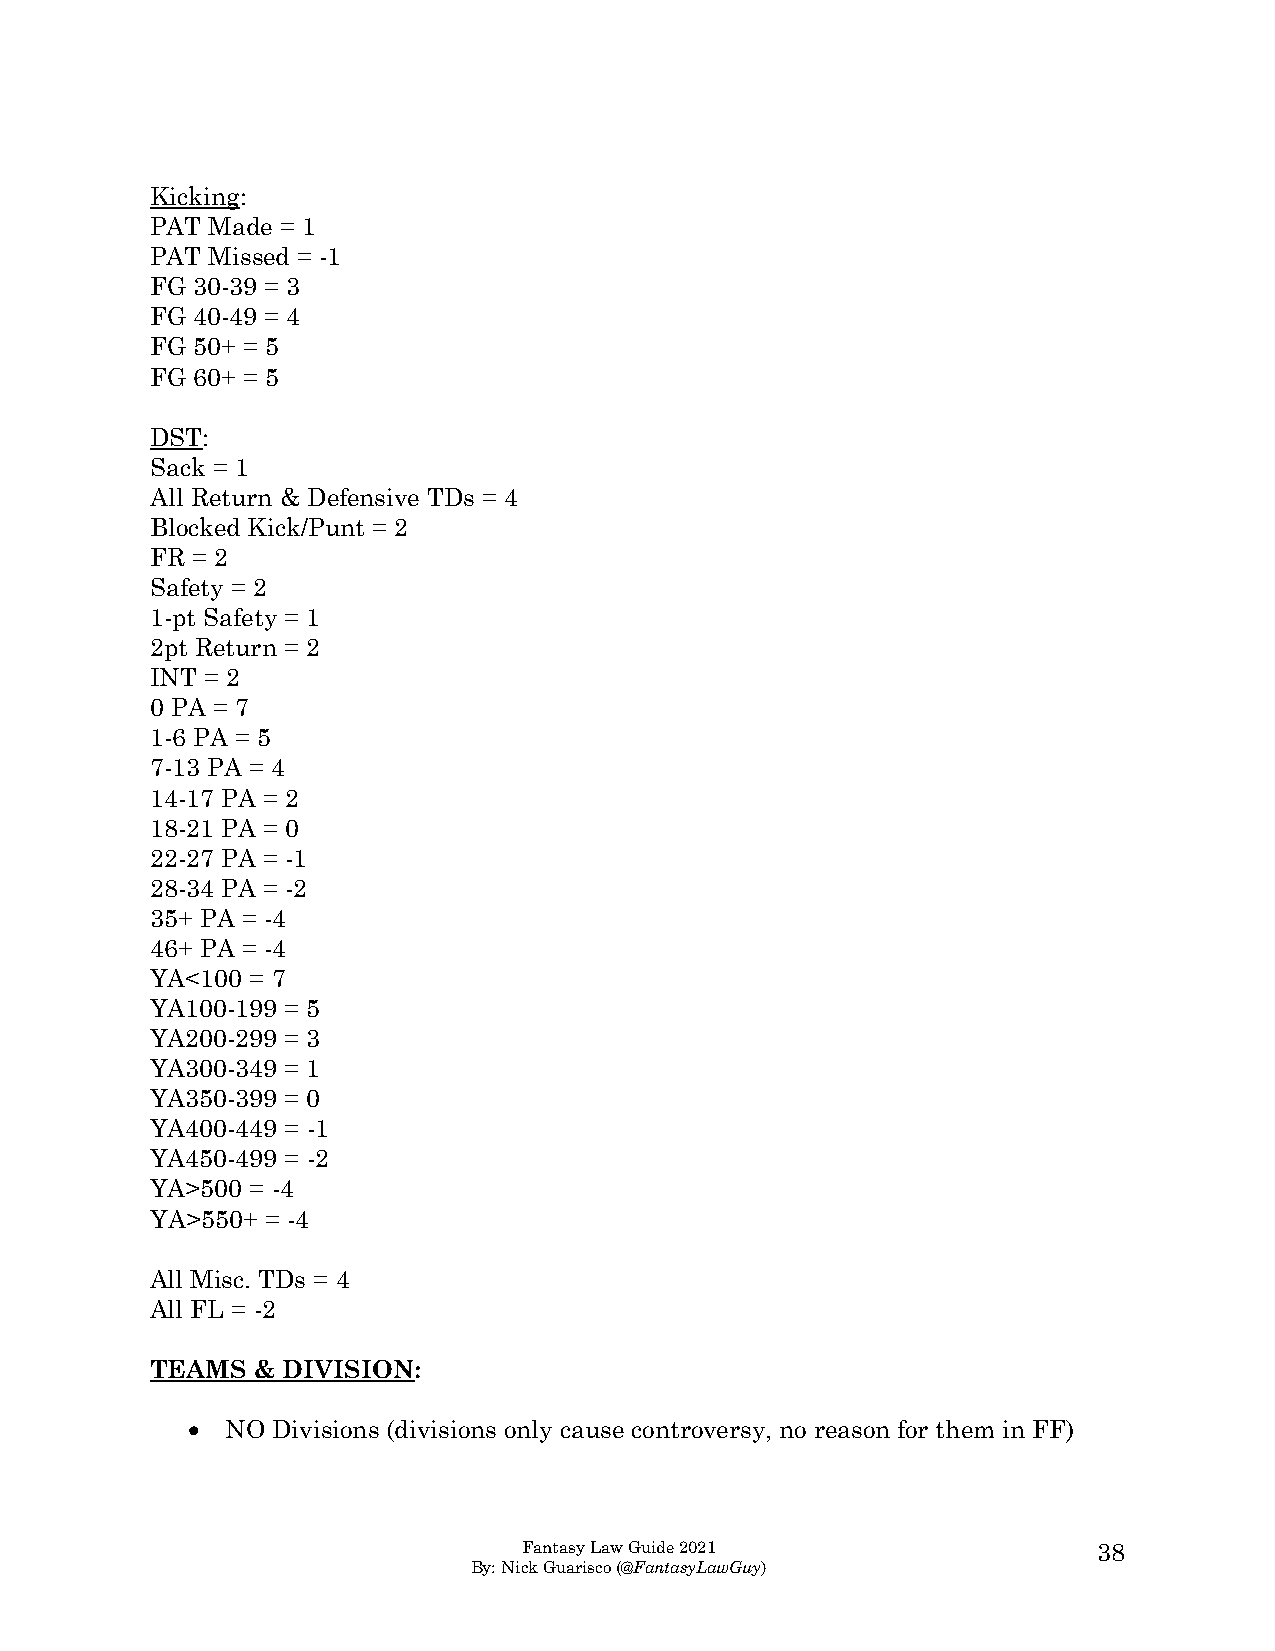
Kicking:
 PAT Made = 1
 PAT Missed = -1
 FG 30-39 = 3
 FG 40-49 = 4
 FG 50+ = 5
 FG 60+ = 5
 DST:
 Sack = 1
 All Return & Defensive TDs = 4
 Blocked Kick/Punt = 2
 FR = 2
 Safety = 2
 1-pt Safety = 1
 2pt Return = 2
 INT = 2
 0 PA = 7
 1-6 PA = 5
 7-13 PA = 4
 14-17 PA = 2
 18-21 PA = 0
 22-27 PA = -1
 28-34 PA = -2
 35+ PA = -4
 46+ PA = -4
 YA<100 = 7
 YA100-199 = 5
 YA200-299 = 3
 YA300-349 = 1
 YA350-399 = 0
 YA400-449 = -1
 YA450-499 = -2
 YA>500 = -4
 YA>550+ = -4
 All Misc. TDs = 4
 All FL = -2
 TEAMS  & DIVISION:
 •  NO Divisions (divisions only cause controversy, no reason for them in FF)
 Fantasy Law Guide 2021                38
 By: Nick Guarisco (@FantasyLawGuy)